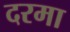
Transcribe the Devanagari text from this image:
दरमा